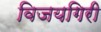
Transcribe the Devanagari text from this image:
विजयगिरी